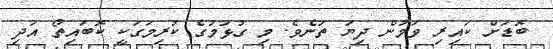
ބޮޑަށް ކައިރި ވަމުން ދިޔަ ތަނެވެ. މި ގުޅުމުގެ ކުރިމަގަކީ ކޮބައިތޯ އަދި